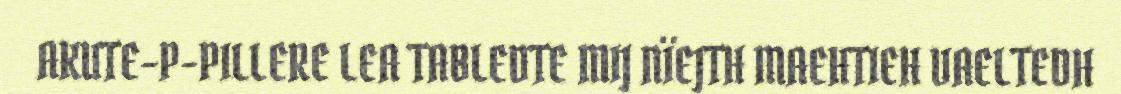
AKUTE-P-PILLERE LEA TABLEDTE MIJ NÏEJTH MAEHTIEH VAELTEDH